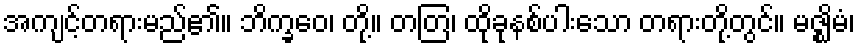
အကျင့်တရားမည်၏။ ဘိက္ခဝေ၊ တို့။ တတြ၊ ထိုခုနစ်ပါးသော တရားတို့တွင်။ မဇ္ဈိမံ၊